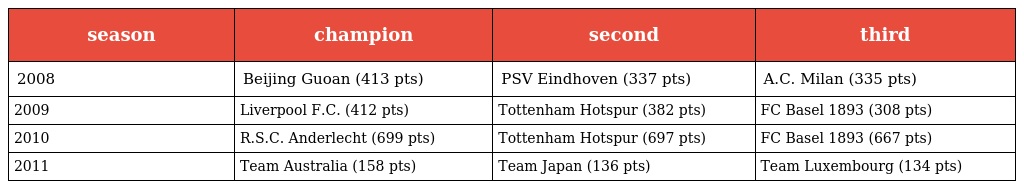
| season | champion | second | third |
 | --- | --- | --- | --- |
 | 2008 | Beijing Guoan (413 pts) | PSV Eindhoven (337 pts) | A.C. Milan (335 pts) |
 | 2009 | Liverpool F.C. (412 pts) | Tottenham Hotspur (382 pts) | FC Basel 1893 (308 pts) |
 | 2010 | R.S.C. Anderlecht (699 pts) | Tottenham Hotspur (697 pts) | FC Basel 1893 (667 pts) |
 | 2011 | Team Australia (158 pts) | Team Japan (136 pts) | Team Luxembourg (134 pts) |